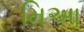
મિઆ